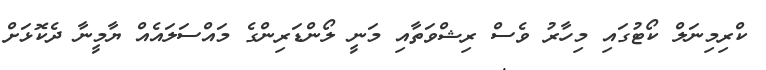
ކްރިމިނަލް ކޯޓުގައި މިހާރު ވެސް ރިޝްވަތާއި މަނީ ލޯންޑަރިންގެ މައްސަލައެއް ޔާމީނާ ދެކޮޅަށް